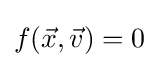
f({\vec {x}},{\vec {v}})=0